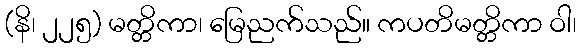
(နိ၊ ၂၂၅) မတ္တိကာ၊ မြေညက်သည်။ ကပတိမတ္တိကာ ဝါ၊